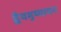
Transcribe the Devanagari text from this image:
द्वैयमुष्यायन